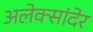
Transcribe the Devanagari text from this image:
अलेक्सांदेर